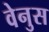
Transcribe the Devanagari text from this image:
वेनुस